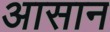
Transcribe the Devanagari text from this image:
अासान